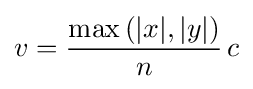
v={\frac {\max \left(|x|,|y|\right)}{n}}\,c